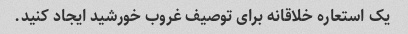
یک استعاره خلاقانه برای توصیف غروب خورشید ایجاد کنید.